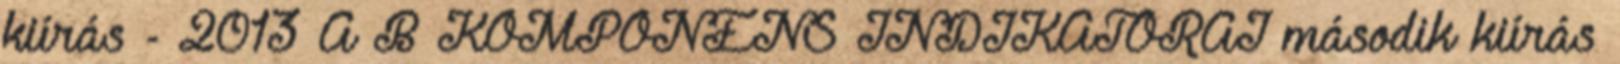
kiírás - 2013 A B KOMPONENS INDIKÁTORAI második kiírás